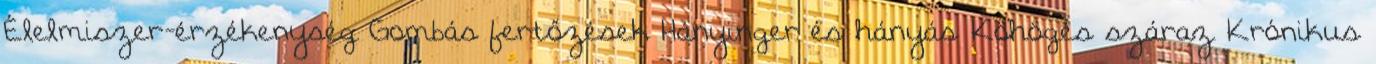
Élelmiszer-érzékenység Gombás fertőzések Hányinger és hányás Köhögés száraz Krónikus